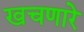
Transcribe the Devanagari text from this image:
खचणारे